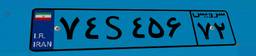
۱۶S۵۰۱۸۰